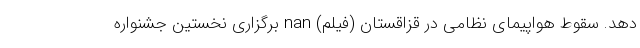
دهد. سقوط هواپیمای نظامی در قزاقستان (فیلم) nan برگزاری نخستین جشنواره